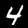
Digit: 4